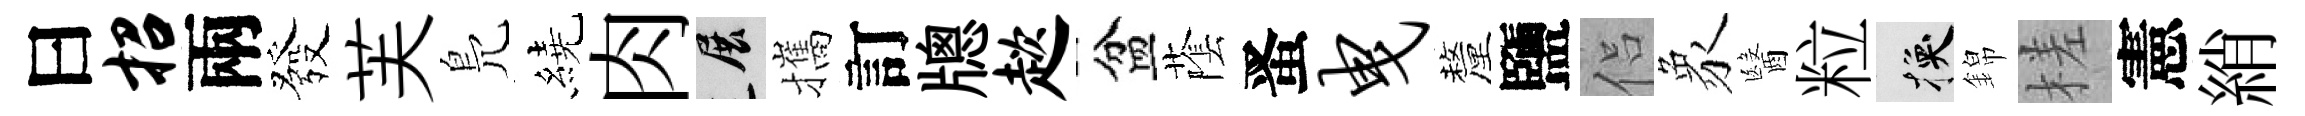
曰招兩發芙鳬繞肉展攜訂牕趑盆䕃󱉠曳釐鹽侣象醫粒换錦槎憲綃